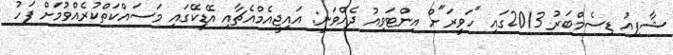
ޝާފިއު ޑިސެމްބަރު 2013ގައި "ހަވީރަ"ށް އިންޓަވިއު ދެއްވަނީ: އައިޖީއެމްއެޗާއި އޭޑީކޭގައި މަސައްކަތްކުރެއްވުމަށް ފަހު